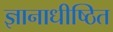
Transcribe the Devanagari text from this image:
ज्ञानाधीष्ठित